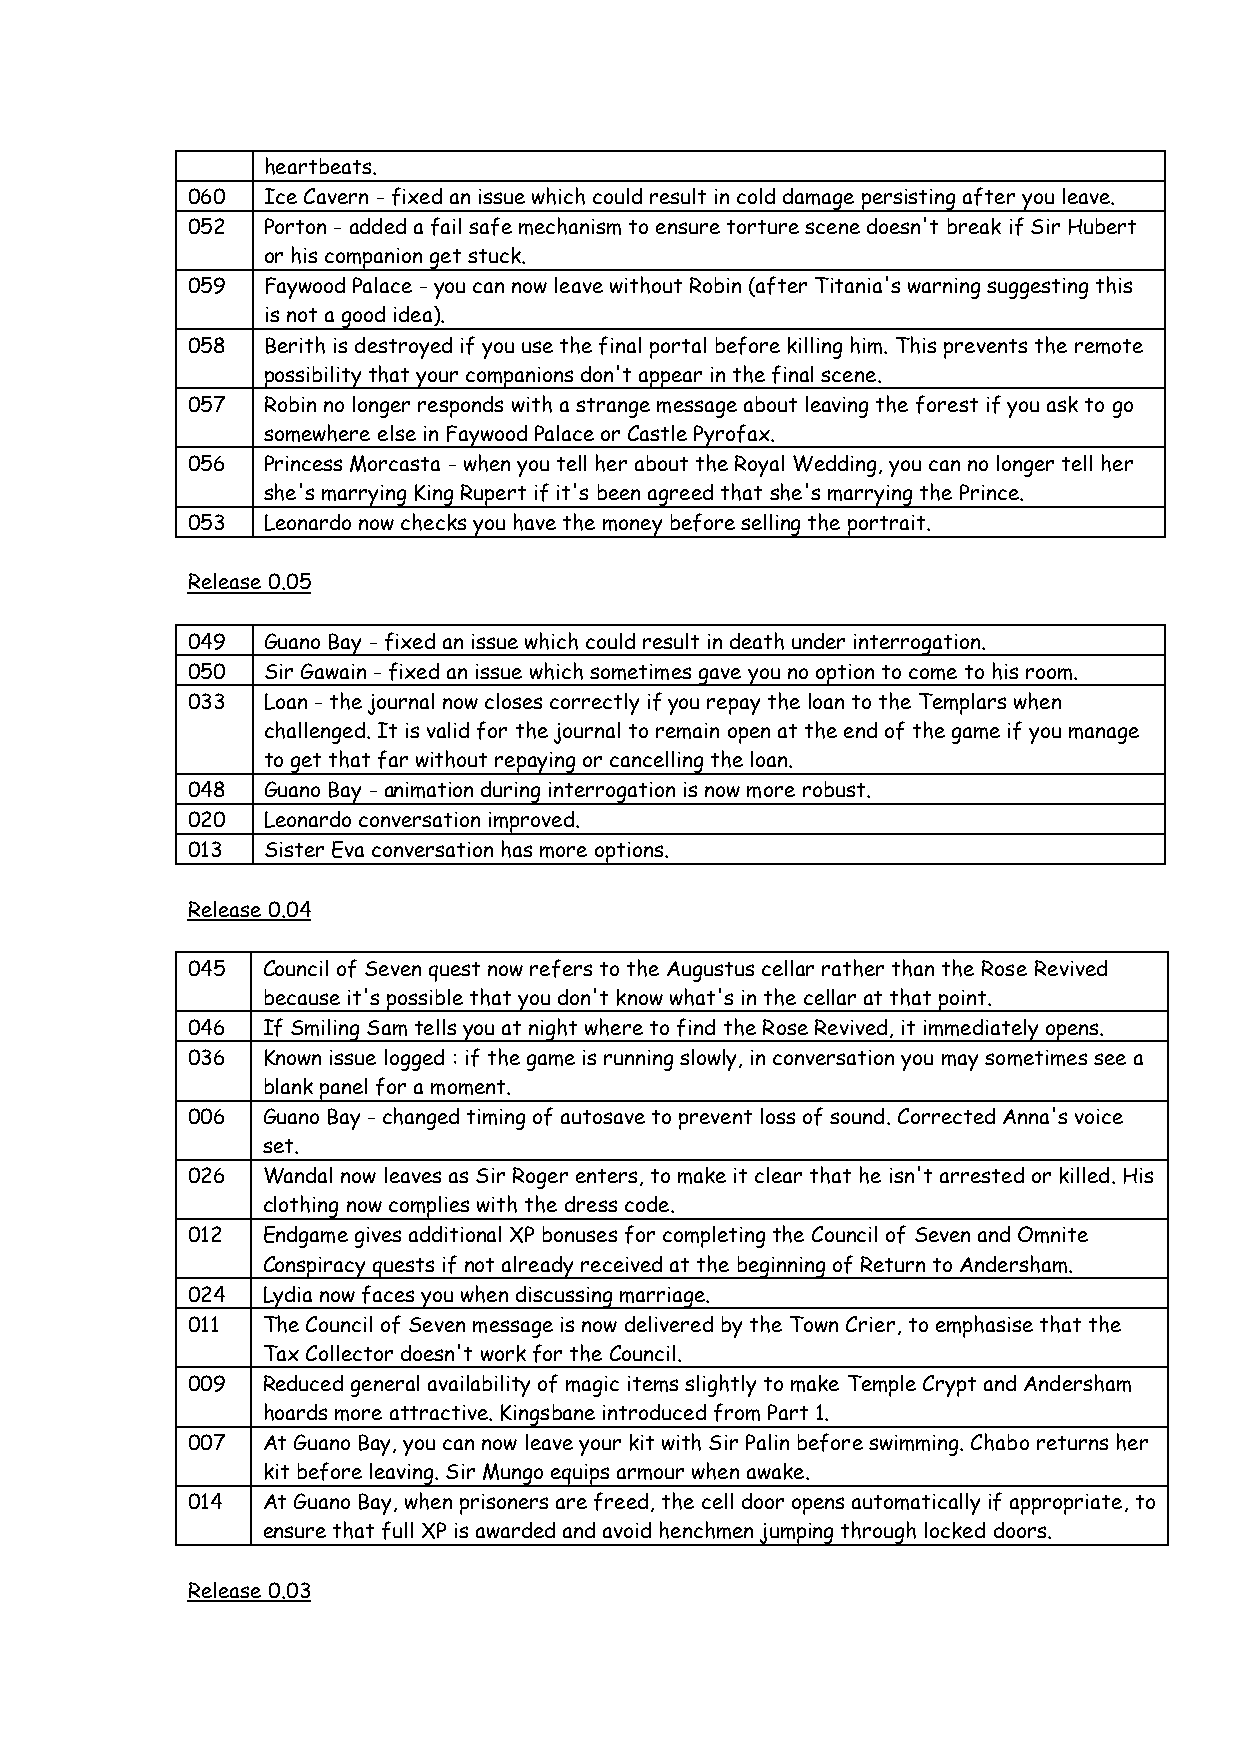
heartbeats.
 060  Ice Cavern - fixed an issue which could result in cold damage persisting after you leave.
 052  Porton - added a fail safe mechanism to ensure torture scene doesn't break if Sir Hubert
 or his companion get stuck.
 059  Faywood Palace - you can now leave without Robin (after Titania's warning suggesting this
 is not a good idea).
 058  Berith is destroyed if you use the final portal before killing him. This prevents the remote
 possibility that your companions don't appear in the final scene.
 057  Robin no longer responds with a strange message about leaving the forest if you ask to go
 somewhere else in Faywood Palace or Castle Pyrofax.
 056  Princess Morcasta - when you tell her about the Royal Wedding, you can no longer tell her
 she's marrying King Rupert if it's been agreed that she's marrying the Prince.
 053  Leonardo now checks you have the money before selling the portrait.
 Release 0.05
 049  Guano Bay - fixed an issue which could result in death under interrogation.
 050  Sir Gawain - fixed an issue which sometimes gave you no option to come to his room.
 033  Loan - the journal now closes correctly if you repay the loan to the Templars when
 challenged. It is valid for the journal to remain open at the end of the game if you manage
 to get that far without repaying or cancelling the loan.
 048  Guano Bay - animation during interrogation is now more robust.
 020  Leonardo conversation improved.
 013  Sister Eva conversation has more options.
 Release 0.04
 045  Council of Seven quest now refers to the Augustus cellar rather than the Rose Revived
 because it's possible that you don't know what's in the cellar at that point.
 046  If Smiling Sam tells you at night where to find the Rose Revived, it immediately opens.
 036  Known issue logged : if the game is running slowly, in conversation you may sometimes see a
 blank panel for a moment.
 006  Guano Bay - changed timing of autosave to prevent loss of sound. Corrected Anna's voice
 set.
 026  Wandal now leaves as Sir Roger enters, to make it clear that he isn't arrested or killed. His
 clothing now complies with the dress code.
 012  Endgame gives additional XP bonuses for completing the Council of Seven and Omnite
 Conspiracy quests if not already received at the beginning of Return to Andersham.
 024  Lydia now faces you when discussing marriage.
 011  The Council of Seven message is now delivered by the Town Crier, to emphasise that the
 Tax Collector doesn't work for the Council.
 009  Reduced general availability of magic items slightly to make Temple Crypt and Andersham
 hoards more attractive. Kingsbane introduced from Part 1.
 007  At Guano Bay, you can now leave your kit with Sir Palin before swimming. Chabo returns her
 kit before leaving. Sir Mungo equips armour when awake.
 014  At Guano Bay, when prisoners are freed, the cell door opens automatically if appropriate, to
 ensure that full XP is awarded and avoid henchmen jumping through locked doors.
 Release 0.03